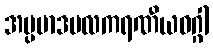
အပ္ပမာဒဗလကရဏီယဝဂ္ဂါ